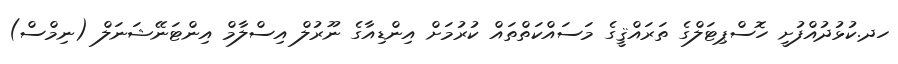
ހދ.ކުޅުދުއްފުށީ ހޮސްޕިޓަލްގެ ތަރައްޤީގެ މަސައްކަތްތައް ކުރުމަށް އިންޑިއާގެ ނޫރުލް އިސްލާމް އިންޓަނޭޝަނަލް (ނިމްސް)